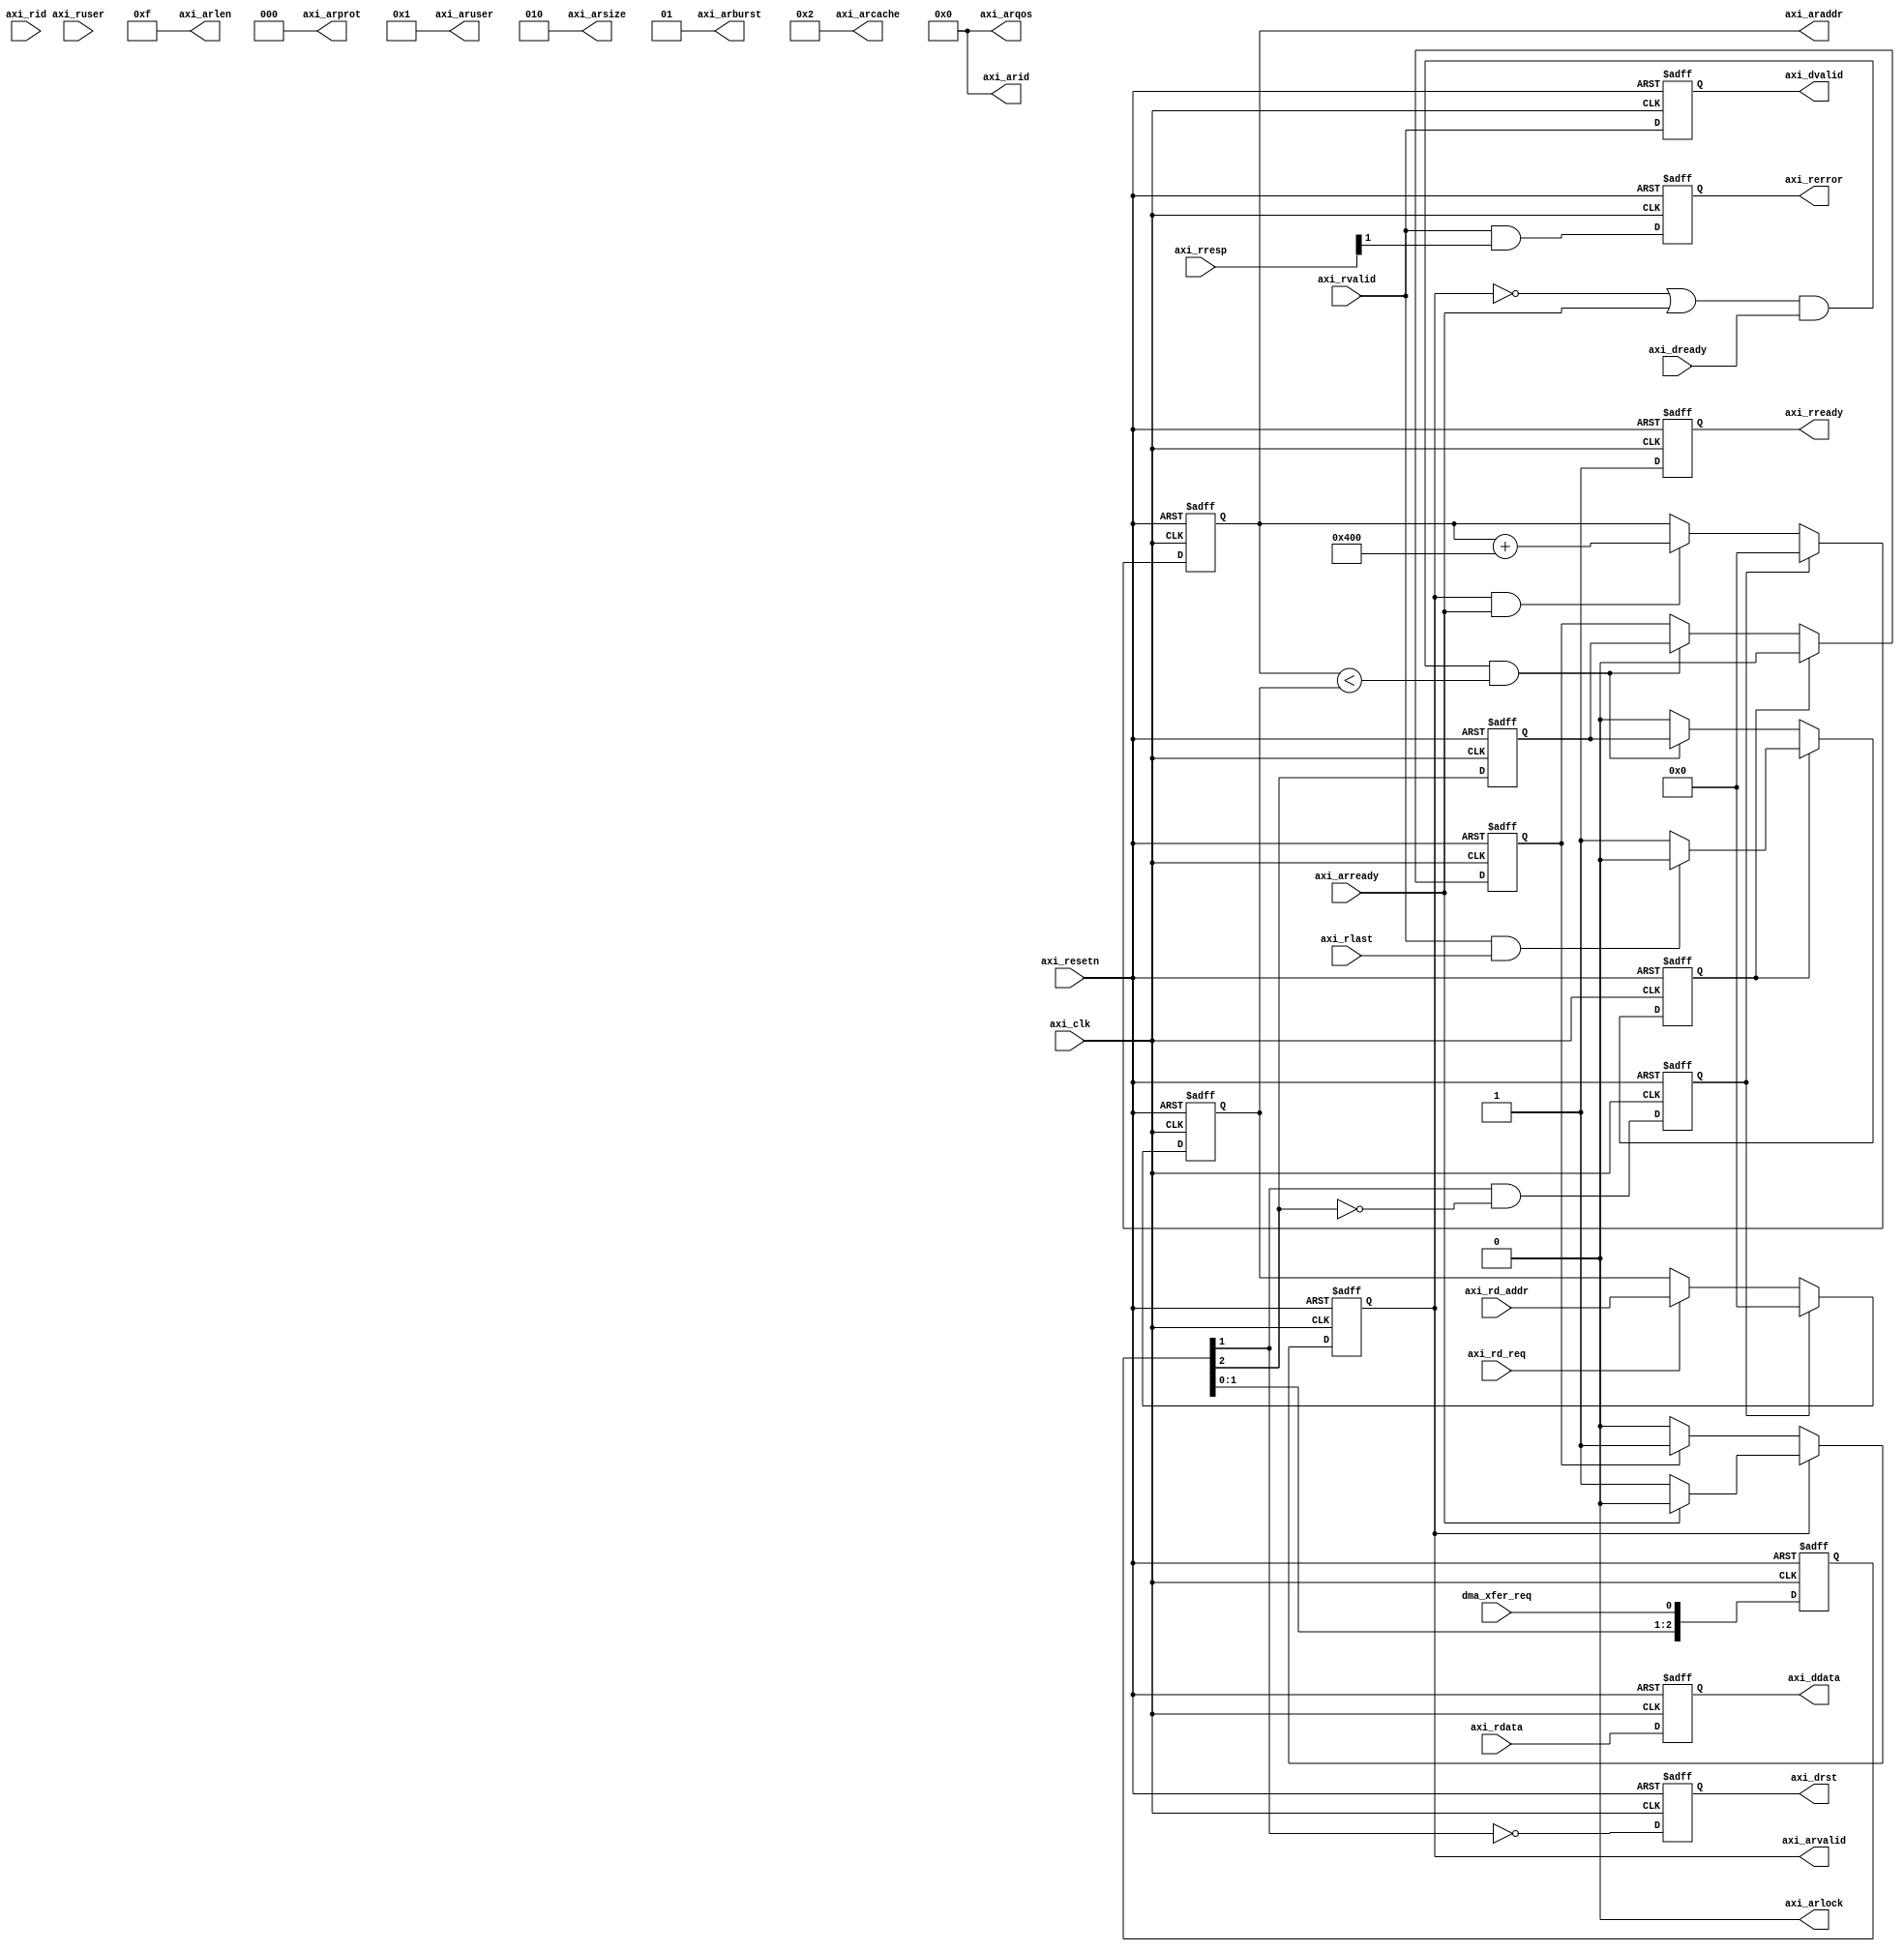
// ***************************************************************************
// ***************************************************************************
// Copyright (C) 2014-2023 Analog Devices, Inc. All rights reserved.
//
// In this HDL repository, there are many different and unique modules, consisting
// of various HDL (Verilog or VHDL) components. The individual modules are
// developed independently, and may be accompanied by separate and unique license
// terms.
//
// The user should read each of these license terms, and understand the
// freedoms and responsibilities that he or she has by using this source/core.
//
// This core is distributed in the hope that it will be useful, but WITHOUT ANY
// WARRANTY; without even the implied warranty of MERCHANTABILITY or FITNESS FOR
// A PARTICULAR PURPOSE.
//
// Redistribution and use of source or resulting binaries, with or without modification
// of this file, are permitted under one of the following two license terms:
//
//   1. The GNU General Public License version 2 as published by the
//      Free Software Foundation, which can be found in the top level directory
//      of this repository (LICENSE_GPL2), and also online at:
//      <https://www.gnu.org/licenses/old-licenses/gpl-2.0.html>
//
// OR
//
//   2. An ADI specific BSD license, which can be found in the top level directory
//      of this repository (LICENSE_ADIBSD), and also on-line at:
//      https://github.com/analogdevicesinc/hdl/blob/master/LICENSE_ADIBSD
//      This will allow to generate bit files and not release the source code,
//      as long as it attaches to an ADI device.
//
// ***************************************************************************
// ***************************************************************************

`timescale 1ns/100ps

module axi_adcfifo_rd #(

  parameter   AXI_DATA_WIDTH = 512,
  parameter   AXI_SIZE = 2,
  parameter   AXI_LENGTH = 16,
  parameter   AXI_ADDRESS = 32'h00000000,
  parameter   AXI_ADDRESS_LIMIT = 32'h00000000
) (

  // request and synchronization

  input                   dma_xfer_req,

  // read interface

  input                   axi_rd_req,
  input       [ 31:0]     axi_rd_addr,

  // axi interface

  input                   axi_clk,
  input                   axi_resetn,
  output  reg             axi_arvalid,
  output      [ 3:0]      axi_arid,
  output      [ 1:0]      axi_arburst,
  output                  axi_arlock,
  output      [ 3:0]      axi_arcache,
  output      [ 2:0]      axi_arprot,
  output      [ 3:0]      axi_arqos,
  output      [ 3:0]      axi_aruser,
  output      [ 7:0]      axi_arlen,
  output      [ 2:0]      axi_arsize,
  output  reg [ 31:0]     axi_araddr,
  input                   axi_arready,
  input                   axi_rvalid,
  input       [ 3:0]      axi_rid,
  input       [ 3:0]      axi_ruser,
  input       [ 1:0]      axi_rresp,
  input                   axi_rlast,
  input       [AXI_DATA_WIDTH-1:0]  axi_rdata,
  output  reg             axi_rready,

  // axi status

  output  reg             axi_rerror,

  // fifo interface

  output  reg             axi_drst,
  output  reg             axi_dvalid,
  output  reg [AXI_DATA_WIDTH-1:0]  axi_ddata,
  input                   axi_dready
);

  localparam  AXI_BYTE_WIDTH = AXI_DATA_WIDTH/8;
  localparam  AXI_AWINCR = AXI_LENGTH * AXI_BYTE_WIDTH;
  localparam  BUF_THRESHOLD_LO = 6'd3;
  localparam  BUF_THRESHOLD_HI = 6'd60;

  // internal registers

  reg     [ 31:0]                 axi_rd_addr_h = 'd0;
  reg                             axi_rd = 'd0;
  reg                             axi_rd_active = 'd0;
  reg     [  2:0]                 axi_xfer_req_m = 'd0;
  reg                             axi_xfer_init = 'd0;
  reg                             axi_xfer_enable = 'd0;

  // internal signals

  wire                            axi_ready_s;

  // read is way too slow- buffer mode

  assign axi_ready_s = (~axi_arvalid | axi_arready) & axi_dready;

  always @(posedge axi_clk or negedge axi_resetn) begin
    if (axi_resetn == 1'b0) begin
      axi_rd_addr_h <= 'd0;
      axi_rd <= 'd0;
      axi_rd_active <= 'd0;
      axi_xfer_req_m <= 'd0;
      axi_xfer_init <= 'd0;
      axi_xfer_enable <= 'd0;
    end else begin
      if (axi_xfer_init == 1'b1) begin
        axi_rd_addr_h <= AXI_ADDRESS;
      end else if (axi_rd_req == 1'b1) begin
        axi_rd_addr_h <= axi_rd_addr;
      end
      if (axi_rd_active == 1'b1) begin
        axi_rd <= 1'b0;
        if ((axi_rvalid == 1'b1) && (axi_rlast == 1'b1)) begin
          axi_rd_active <= 1'b0;
        end
      end else if ((axi_ready_s == 1'b1) && (axi_araddr < axi_rd_addr_h)) begin
        axi_rd <= axi_xfer_enable;
        axi_rd_active <= axi_xfer_enable;
      end
      axi_xfer_req_m <= {axi_xfer_req_m[1:0], dma_xfer_req};
      axi_xfer_init <= axi_xfer_req_m[1] & ~axi_xfer_req_m[2];
      axi_xfer_enable <= axi_xfer_req_m[2];
    end
  end

  // address channel

  assign axi_arid  = 4'b0000;
  assign axi_arburst  = 2'b01;
  assign axi_arlock  = 1'b0;
  assign axi_arcache  = 4'b0010;
  assign axi_arprot  = 3'b000;
  assign axi_arqos  = 4'b0000;
  assign axi_aruser  = 4'b0001;
  assign axi_arlen  = AXI_LENGTH - 1;
  assign axi_arsize  = AXI_SIZE;

  always @(posedge axi_clk or negedge axi_resetn) begin
    if (axi_resetn == 1'b0) begin
      axi_arvalid <= 'd0;
      axi_araddr <= 'd0;
    end else begin
      if (axi_arvalid == 1'b1) begin
        if (axi_arready == 1'b1) begin
          axi_arvalid <= 1'b0;
        end
      end else begin
        if (axi_rd == 1'b1) begin
          axi_arvalid <= 1'b1;
        end
      end
      if (axi_xfer_init == 1'b1) begin
        axi_araddr <= AXI_ADDRESS;
      end else if ((axi_arvalid == 1'b1) && (axi_arready == 1'b1)) begin
        axi_araddr <= axi_araddr + AXI_AWINCR;
      end
    end
  end

  // read data channel

  always @(posedge axi_clk or negedge axi_resetn) begin
    if (axi_resetn == 1'b0) begin
      axi_drst <= 'd1;
      axi_dvalid <= 'd0;
      axi_ddata <= 'd0;
      axi_rready <= 'd0;
    end else begin
      axi_drst <= ~axi_xfer_req_m[1];
      axi_dvalid <= axi_rvalid;
      axi_ddata <= axi_rdata;
      axi_rready <= 1'b1;
    end
  end

  always @(posedge axi_clk or negedge axi_resetn) begin
    if (axi_resetn == 1'b0) begin
      axi_rerror <= 'd0;
    end else begin
      axi_rerror <= axi_rvalid & axi_rresp[1];
    end
  end

endmodule